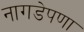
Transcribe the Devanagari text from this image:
नागडेपणा